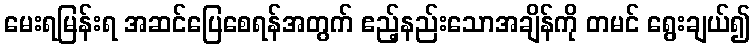
မေးရမြန်းရ အဆင်ပြေစေရန်အတွက် ဧည့်နည်းသောအချိန်ကို တမင် ရွေးချယ်၍